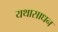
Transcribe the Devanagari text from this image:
यथासाधन